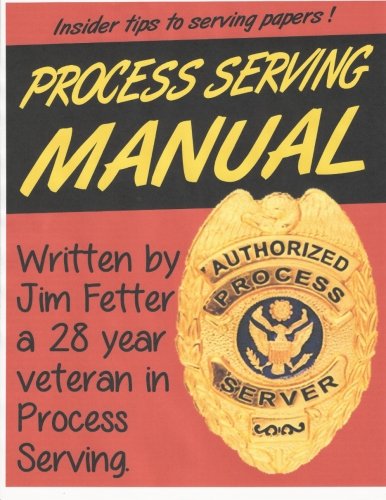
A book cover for Process Serving Manual: Process Servers Manual; Jim Fetter; Law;